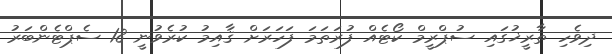
ދިވެހި ތާރީޚުގައި ސުޕްރީމް ކޯޓެއް ފުރަތަމަ ފަހަރަށް ޤާއިމު ކުރެވުނީ 18 ސެޕްޓެންބަރު